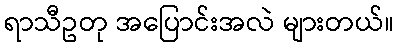
ရာသီဥတု အပြောင်းအလဲ များတယ်။